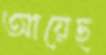
আয়েছ